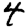
Digit: 4